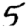
Digit: 5